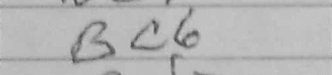
Transcription: Bc6